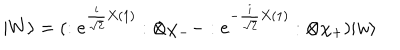
LaTeX: | W \rangle = ( : e ^ { \frac { i } { \sqrt { 2 } } X ( 1 ) } : \otimes \chi _ { - } - : e ^ { - \frac { i } { \sqrt { 2 } } X ( 1 ) } : \otimes \chi _ { + } ) | w \rangle